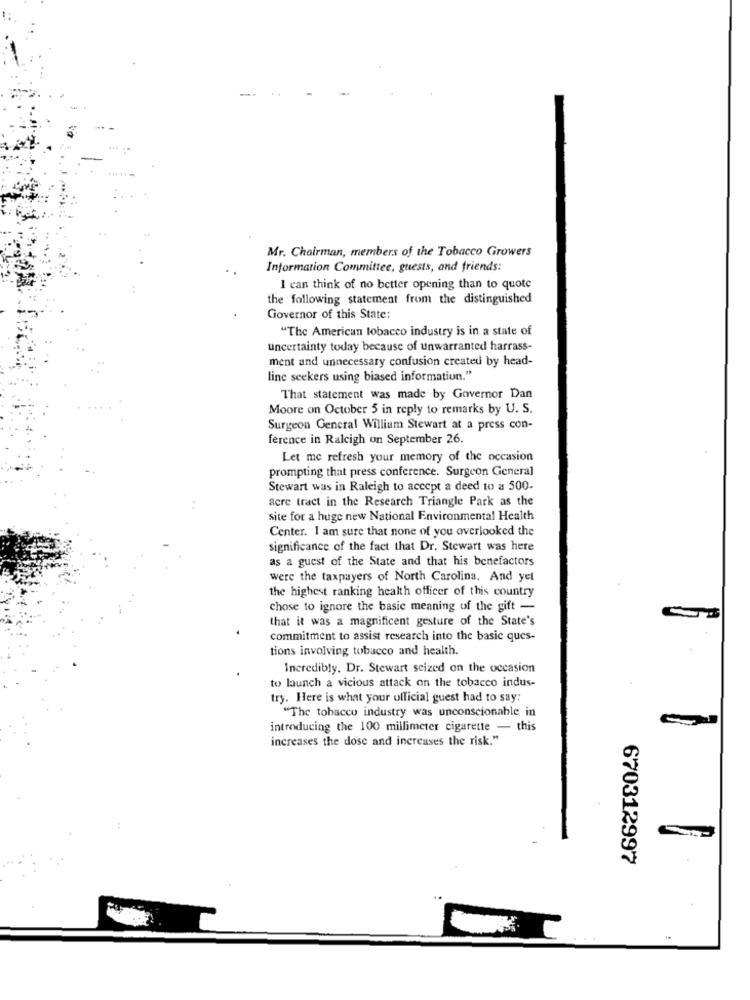
Mr. Chairman, members of the Tobacco Growers
Information Committee, guests, and friends:
I can think of no better opening than to quote
the following statement from the distinguished
Governor of this State:
"The American tobacco industry is in a state of
uncertainty today because of unwarranted harrass-
ment and unnecessary confusion created by head-
line seekers using biased information."
That statement was made by Governor Dan
Moore on October 5 in reply to remarks by U. S.
Surgeon General William Stewart at a press con-
ference in Raleigh on September 26.
Let me refresh your memory of the occasion
prompting that press conference. Surgeon General
Stewart was in Raleigh to accept a deed to a 500-
acre tract in the Research Triangle Park as the
site for a huge new National Environmental Health
Center. I am sure that none of you overlooked the
significance of the fact that Dr. Stewart was here
as a guest of the State and that his benefactors
were the taxpayers of North Carolina. And yet
the highest ranking health officer of this country
chose to ignore the basic meaning of the gift -
that it was a magnificent gesture of the State's
commitment to assist research into the basic ques-
tions involving tobacco and health.
Incredibly. Dr. Stewart seized on the occasion
to launch a vicious attack on the tobacco indus-
try. Here is what your official guest had to say:
"The tobacco industry was unconscionable in
introducing the 100 millimeter cigarette - this
increases the dose and increases the risk."
670312997